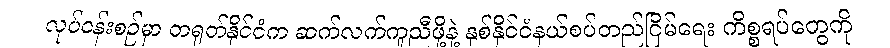
လုပ်ငန်းစဉ်မှာ တရုတ်နိုင်ငံက ဆက်လက်ကူညီဖို့နဲ့ နှစ်နိုင်ငံနယ်စပ်တည်ငြိမ်ရေး ကိစ္စရပ်တွေကို